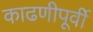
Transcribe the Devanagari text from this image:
काढणीपूर्वी